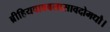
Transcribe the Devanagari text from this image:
ब्रीहियवावबलासावदोमधौ।